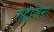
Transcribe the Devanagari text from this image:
तद्वापीनां